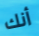
أنك